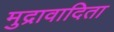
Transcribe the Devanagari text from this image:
मुद्रावादिता